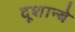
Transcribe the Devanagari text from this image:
दूशान्बे